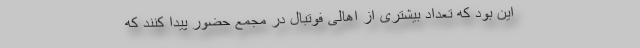
این بود که تعداد بیشتری از اهالی فوتبال در مجمع حضور پیدا کنند که